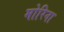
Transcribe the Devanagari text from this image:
मोरिना